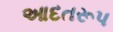
આદતરૂપ